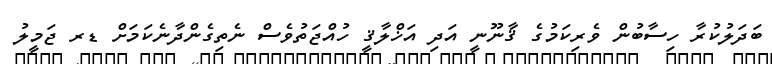
ބަދަލުކުރާ ހިސާބުން ވެރިކަމުގެ ޤާނޫނީ އަދި އަޚްލާޤީ ހުއްޖަތުވެސް ނެތިގެންދާނެކަމަށް ޑރ ޖަމީލު